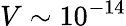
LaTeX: V\sim 10^{-14}